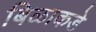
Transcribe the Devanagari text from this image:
बिळाकडे